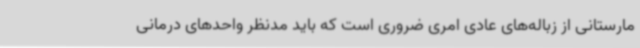
مارستانی از زباله‌های عادی امری ضروری است که باید مدنظر واحدهای درمانی